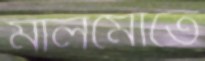
মালমোতে